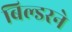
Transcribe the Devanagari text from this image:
बिल्डरने